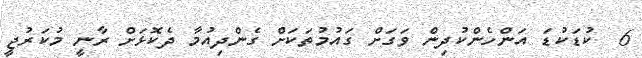
6  ކުޑަކުޑަ އަންހެންކުދިން ވަގަށް ގައުމުތަކަށް ގެންދިއުމާ ދެކޮޅަށް ރާނީ މުކަރުޖީ